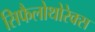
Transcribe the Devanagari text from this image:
सिफैलोथोरेक्स